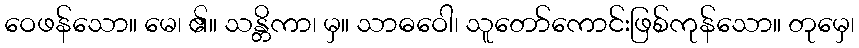
ဝေဖန်သော။ မေ၊ ၏။ သန္တိကာ၊ မှ။ သာဓဝေါ၊ သူတော်ကောင်းဖြစ်ကုန်သော။ တုမှေ၊